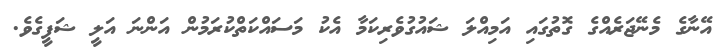
އޭނާގެ މެނޭޖަރެއްގެ ގޮތުގައި އަމިއްލަ ޝައުގުވެރިކަމާ އެކު މަސައްކަތްކުރަމުން އަންނަ އަލީ ޝަފީގެވެ.